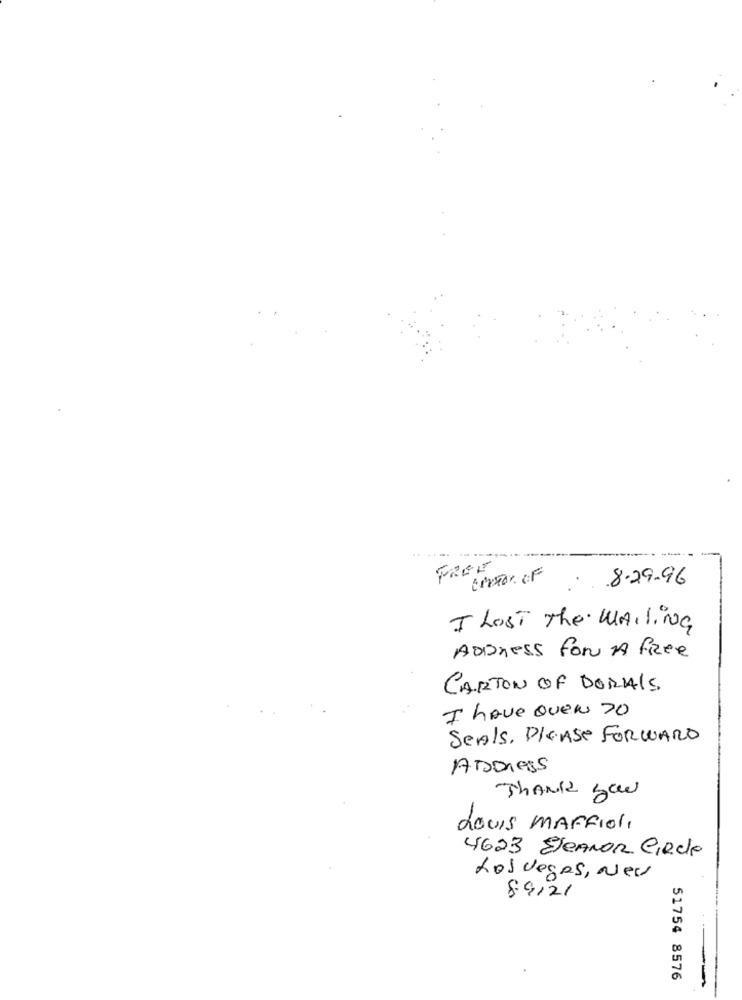
---
FREE
creTON OF
8.29.96
I Lost The Mailing
Address for A free
CARTON OF DORALS
I have over 20
SeAls, PLEASE FORWARD
ADDRESS
Thank you
Louis MAFFIol,
4623 SeAnon Circle
Los vegas, New
89121
51754 8576
--